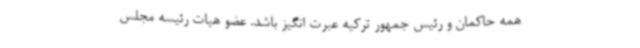
همه حاکمان و رئیس جمهور ترکیه عبرت انگیز باشد. عضو هیات رئیسه مجلس